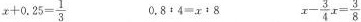
$$x + 0 . 2 5 = \ f r a c { 1 } { 3 }$$ $$0 . 8 + 4 = x + 8$$ $$x - \ f r a c { 3 } { 4 } x = \ f r a c { 3 } { 8 }$$